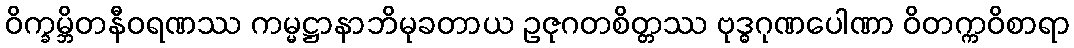
ဝိက္ခမ္ဘိတနီဝရဏဿ ကမ္မဋ္ဌာနာဘိမုခတာယ ဥဇုဂတစိတ္တဿ ဗုဒ္ဓဂုဏပေါဏာ ဝိတက္ကဝိစာရာ